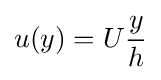
u(y)=U{\frac {y}{h}}